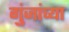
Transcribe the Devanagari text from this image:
गुंजांच्या